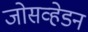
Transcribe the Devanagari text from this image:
जोसव्हेडन